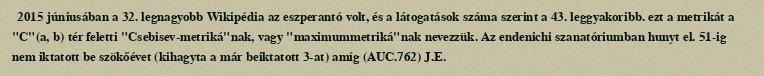
2015 júniusában a 32. legnagyobb Wikipédia az eszperantó volt, és a látogatások száma szerint a 43. leggyakoribb. ezt a metrikát a "C"(a, b) tér feletti "Csebisev-metriká"nak, vagy "maximummetriká"nak nevezzük. Az endenichi szanatóriumban hunyt el. 51-ig nem iktatott be szökőévet (kihagyta a már beiktatott 3-at) amíg (AUC.762) J.E.